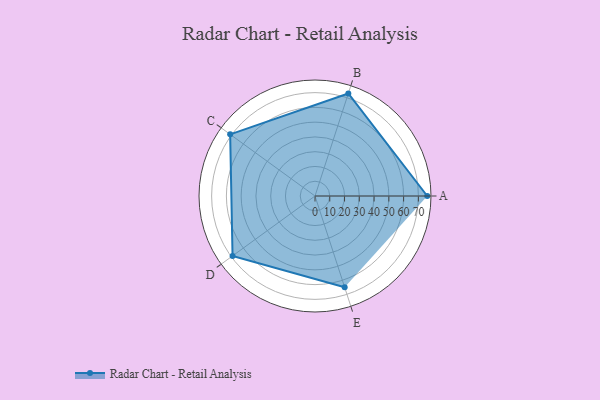
{"axis": {"x": "Skill", "y": "Score"}, "legend": ["Profile"], "data": [{"x": "A", "y": 76.0, "type": "Profile"}, {"x": "B", "y": 73.0, "type": "Profile"}, {"x": "C", "y": 71.0, "type": "Profile"}, {"x": "D", "y": 69.0, "type": "Profile"}, {"x": "E", "y": 65.0, "type": "Profile"}]}